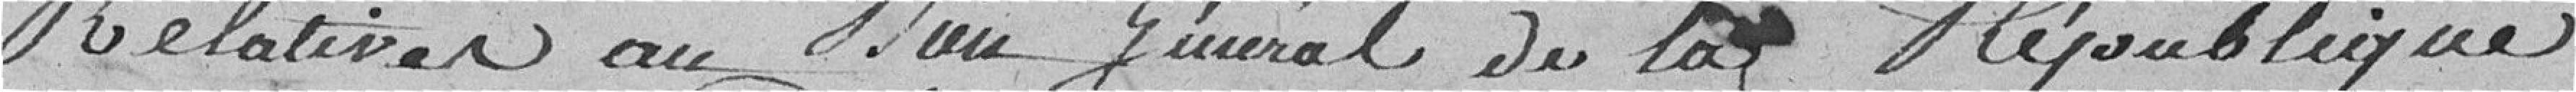
relatives au bien général de la République